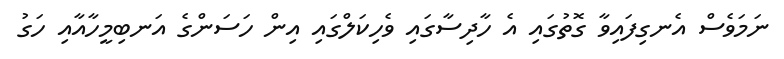
ނަމަވެސް އެނގިފައިވާ ގޮތުގައި އެ ހާދިސާގައި ވެހިކަލްގައި އިން ހަސަންގެ އަނބިމީހާއާއި ހަގު